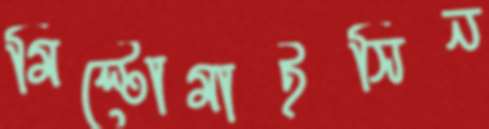
মিল্টোমাইসিন